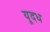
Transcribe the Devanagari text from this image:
यूदध